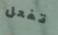
تفعل